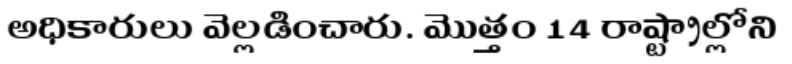
అధికారులు వెల్లడించారు. మొత్తం 14 రాష్ట్రాల్లోని